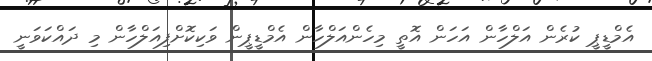
އެމްޑީޕީ ކުރެން އަލްހާން އަހަން އޮތީ މިހެންއަލްހާން އެމްޑީޕީން ވަކިކޮށްފިއަލްހާން މި ދައްކަވަނީ